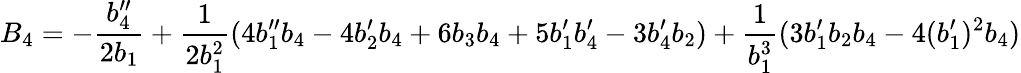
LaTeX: B_{4}=-\frac{b_{4}^{\prime\prime}}{2b_{1}}+\frac{1}{2b_{1}^{2}}(4b_{1}^{\prime\prime}b_{4}-4b_{2}^{\prime}b_{4}+6b_{3}b_{4}+5b_{1}^{\prime}b_{4}^{\prime}-3b_{4}^{\prime}b_{2})+\frac{1}{b_{1}^{3}}(3b_{1}^{\prime}b_{2}b_{4}-4(b_{1}^{\prime})^{2}b_{4})